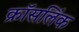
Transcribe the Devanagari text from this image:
क्रॉसलिंक